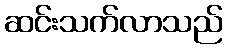
ဆင်းသက်လာသည်